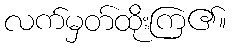
လက်မှတ်ထိုးကြ၏။